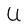
Character: U